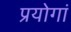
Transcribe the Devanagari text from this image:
प्रयोगां